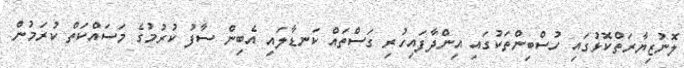
ލޮނުޒިޔާރަތްކޮޅުގައި ހުސްބިންތަކުގައި އިންދާފައިހުރި ގަސްތައް ކަނޑާލައި އެބިން ސާފު ކުރުމުގެ މަސައްކަތް ކުރަމުން